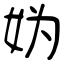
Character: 妫